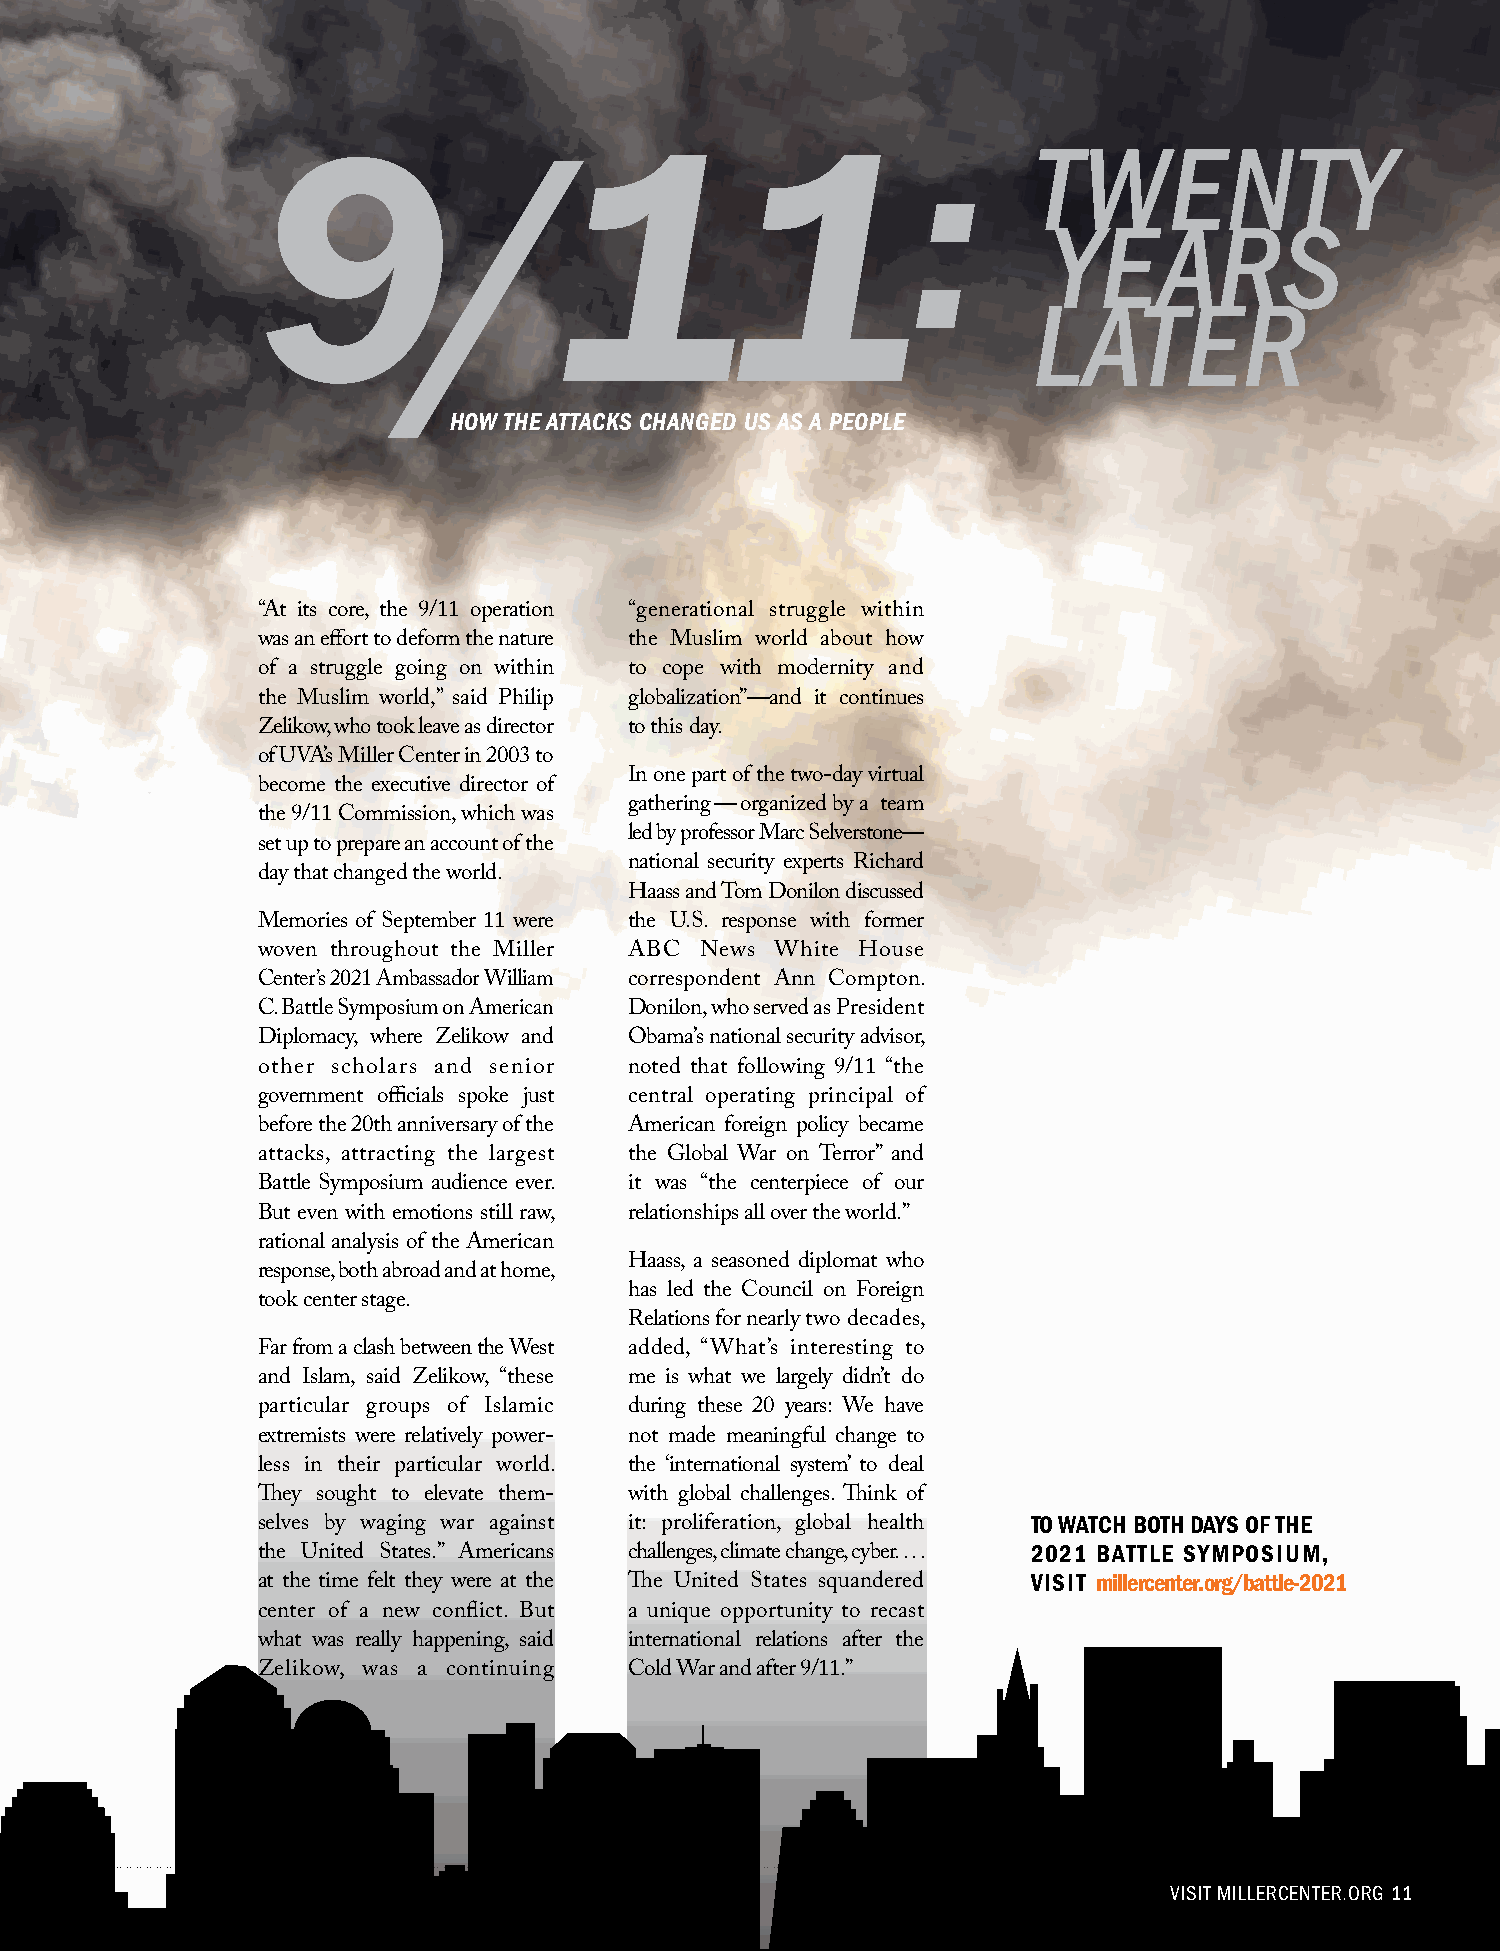
9/11:                                              TWENTY
 YEARS
 LATER
 HOW THE ATTACKS CHANGED US AS A PEOPLE
 “At its core, the 9/11 operation “generational struggle within
 was an effort to deform the nature the Muslim world about how
 of a struggle going on within to cope with modernity and
 the Muslim world,” said Philip globalization”—and it continues
 Zelikow, who took leave as director to this day.
 of UVA’s Miller Center in 2003 to
 In one part of the two-day virtual
 become the executive director of
 gathering—organized by a team
 the 9/11 Commission, which was
 led by professor Marc Selverstone—
 set up to prepare an account of the
 national security experts Richard
 day that changed the world.
 Haass and Tom Donilon discussed
 Memories of September 11 were the U.S. response with former
 woven throughout the Miller ABC News White House
 Center’s 2021 Ambassador William correspondent Ann Compton.
 C. Battle Symposium on American Donilon, who served as President
 Diplomacy, where Zelikow and Obama’s national security advisor,
 other scholars and senior noted that following 9/11 “the
 government officials spoke just central operating principal of
 before the 20th anniversary of the American foreign policy became
 attacks, attracting the largest the Global War on Terror” and
 Battle Symposium audience ever. it was “the centerpiece of our
 But even with emotions still raw, relationships all over the world.”
 rational analysis of the American
 Haass, a seasoned diplomat who
 response, both abroad and at home,
 has led the Council on Foreign
 took center stage.
 Relations for nearly two decades,
 Far from a clash between the West added, “What’s interesting to
 and Islam, said Zelikow, “these me is what we largely didn’t do
 particular groups of Islamic during these 20 years: We have
 extremists were relatively power- not made meaningful change to
 less in their particular world. the ‘international system’ to deal
 They sought to elevate them- with global challenges. Think of
 TO WATCH BOTH DAYS OF THE
 selves by waging war against it: proliferation, global health
 2021 BATTLE SYMPOSIUM,
 the United States.” Americans challenges, climate change, cyber. . . .
 VISIT millercenter.org/battle-2021
 at the time felt they were at the The United States squandered
 center of a new conflict. But a unique opportunity to recast
 what was really happening, said international relations after the
 Zelikow, was a continuing Cold War and after 9/11.”
 VVVIIISSSIIITTT MMMIIILLLLLLEEERRRCCCEEENNNTTTEEERRR...OOORRRGGG 111111